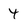
Character: 4